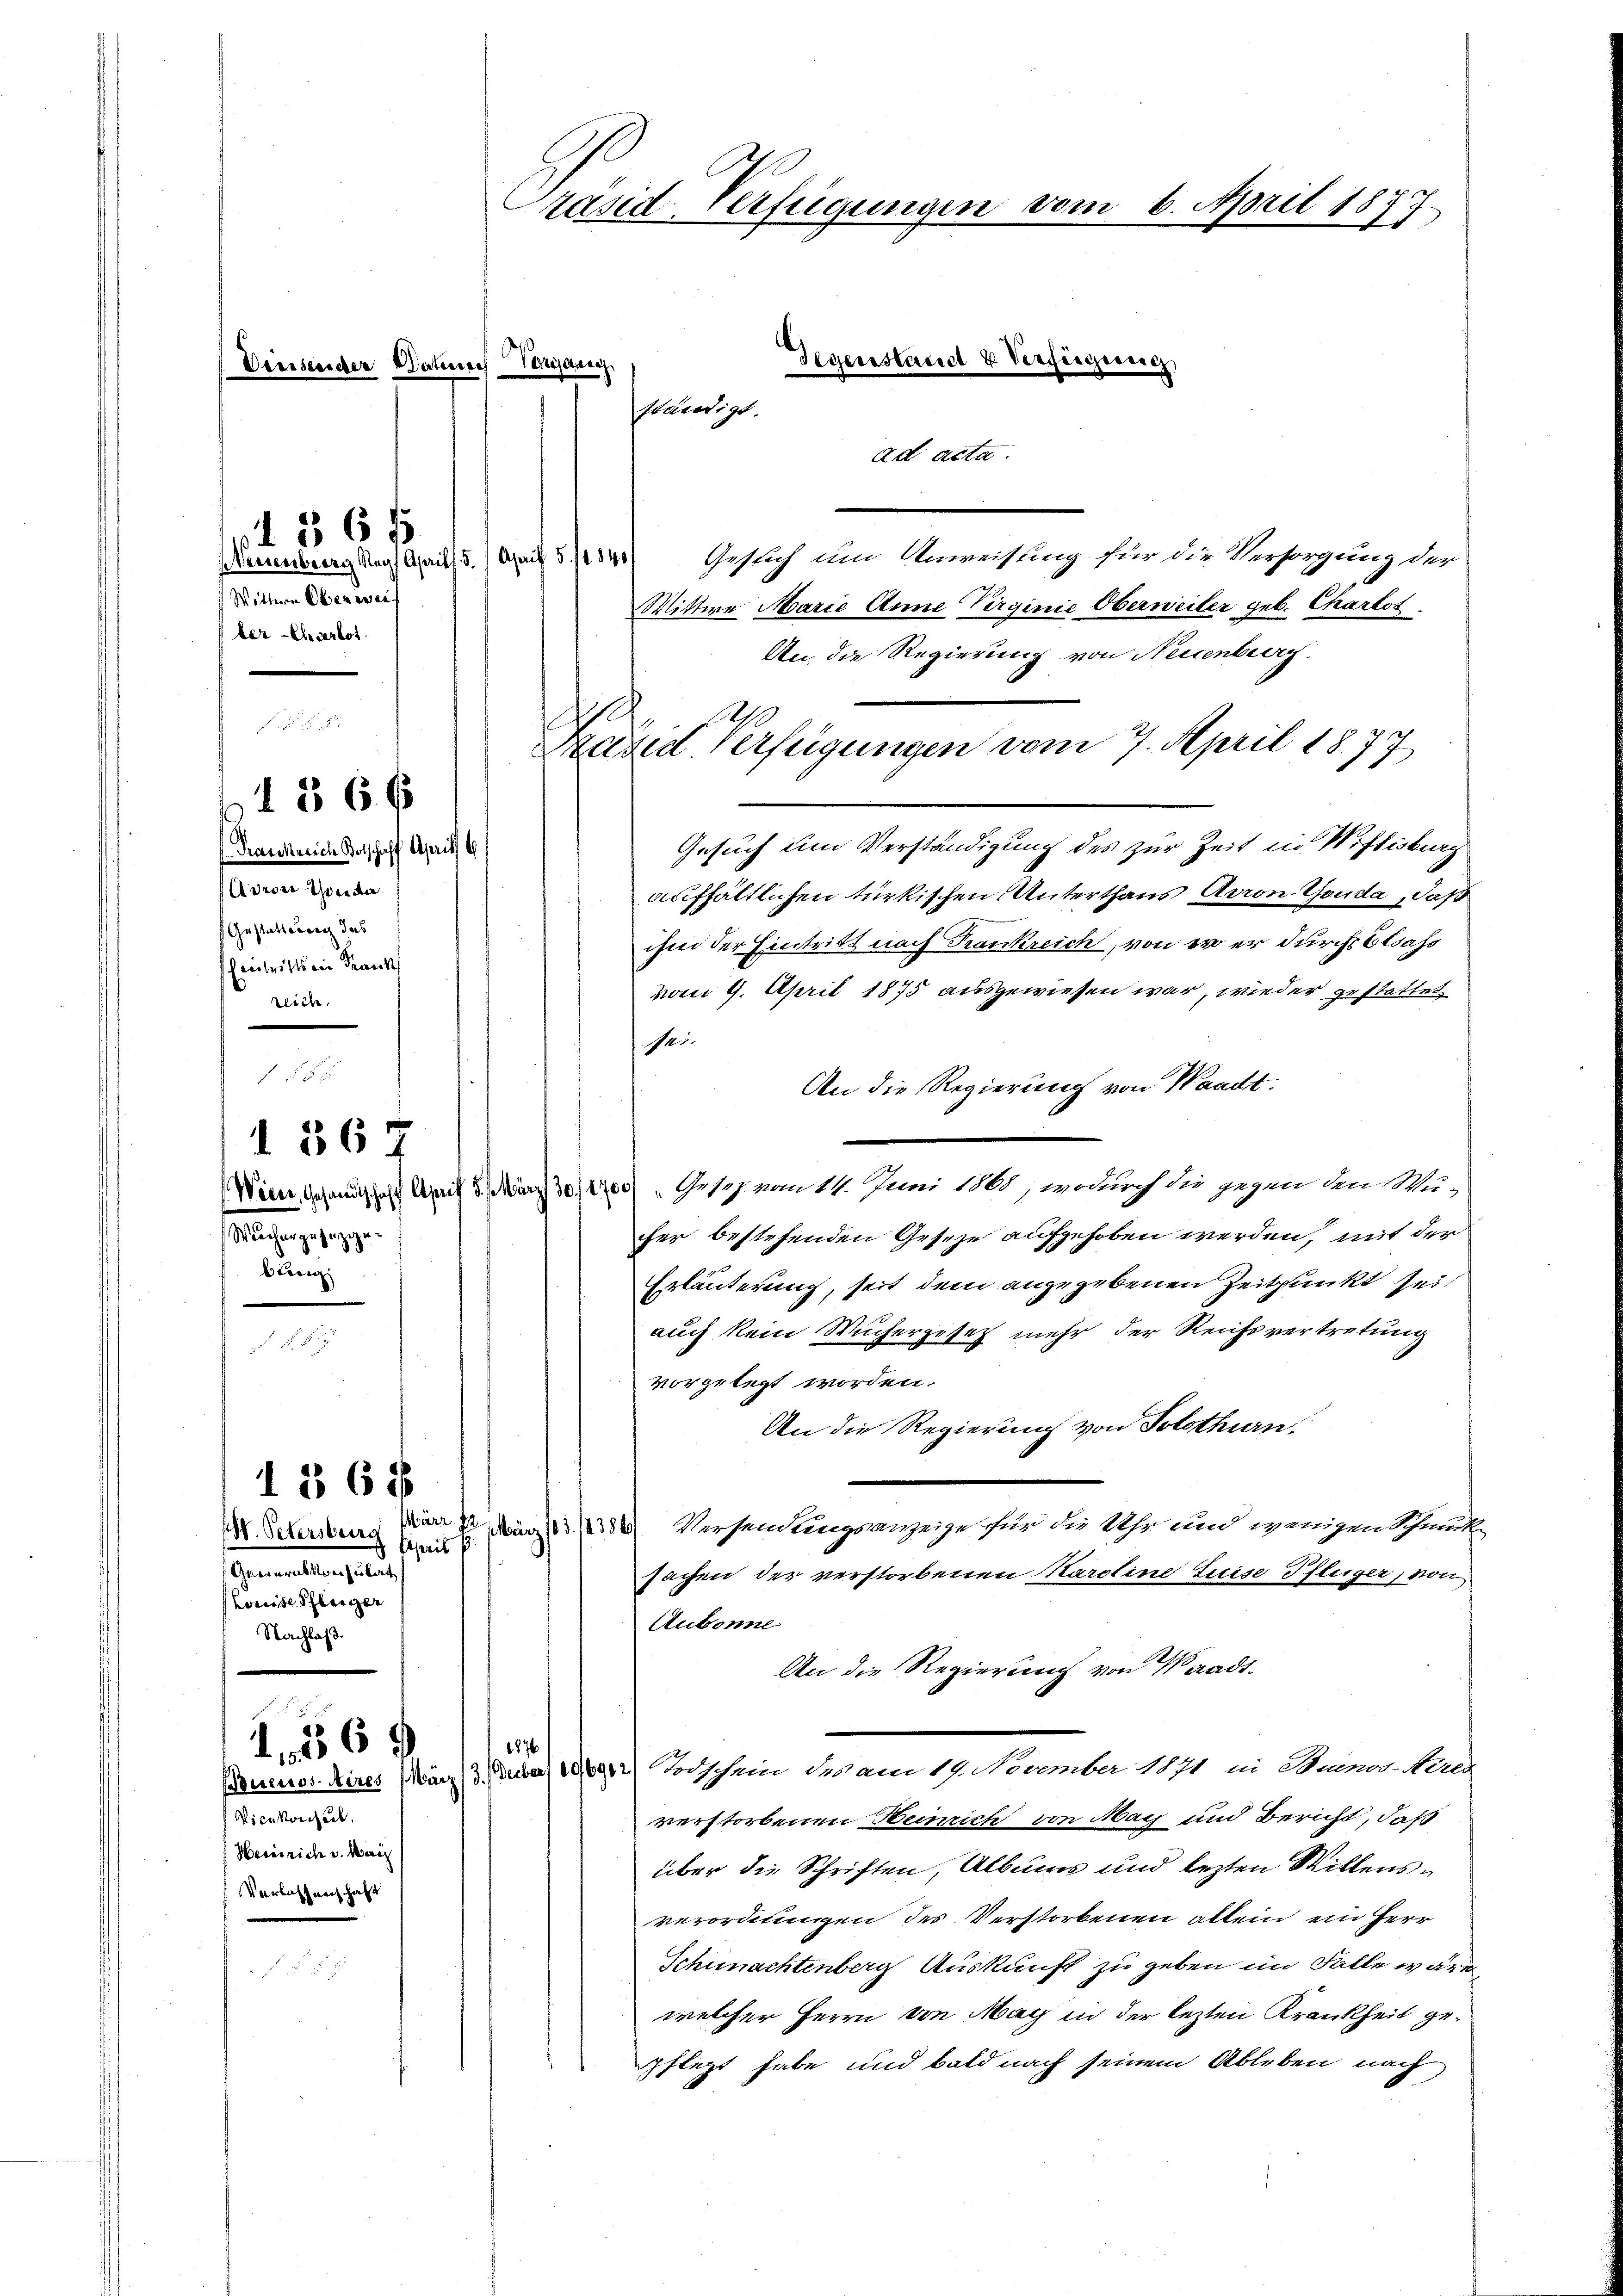
Vernenberg Nach Aprill 5./ April 5. 12840/
Wöttern Oberwei
ber-Charlot

136 f

Frankreich Botschaff Aprill b
Aurer Golda
Gestattung des
scheintritts ein Frank
reich.

26. 6

1 567

Wuchergezuzgebierig

M. Petersburg sprit p
Generalkonsulat
Louisse Schleiger
Nachlaß.

136x

156

Vicekonsect.
Heinrich v. Mais
Verlassnach haft

Gegenstand & Verfügung,
der Datenen Vorang
soebendigt.
ad acta.

Gesuch um Anweisung für die Versorgung der
Mittwe Marie Anne Virginie Oberweiter geb. Charlot
An die Regierung von Neuenburg
Srazer Verfügungen vom 7. April 1877
Gesuch um Verständigung des zur Zeit in Wittisburg
aufhältlichen türkischen Unterthans Arron Gouda, daß
ihm der Eintritt nach Frankreich, von er er durch Elsass
vom 9. April 1875 ausgewiesen war, wieder gestattet
Mi.
An die Regierung von Waadt:
Wien, Gesandtschaft April 5. März 30/12) „Gesez vom 14. Juni 1861, wodurch die gegen den Mucher bestehenden Geseze aufgehoben werden, mit der
Erläuterung, seit dem angegebenen Zeitpunkt sei
auch kein Wuchergesez mehr der Reichsvertretung
vorgelegt worden.
An die Regierung von Solothurn.
80 Versendungsanzeige für die Uhr und wenigen Schmuck-
sachen der verstorbenen Karoline Luise Pfleger, von
Aubonne
An die Regierung von Waadt¬
1876
Buenos Aires März (3. Auber, 106912) Todschein des am 19. November 1891 in Huener Verer
verstorbenen Heinrich von May und Bericht, daß
über die Schriften, Albung und lezten Willensverordnungen des Verstorbenen allein ein Herr
Schumachtenberg Auskunft zu geben im Falle wäre
welcher Herrn von Mach in der lezten Krankheit gepflegt habe und bald nach seinem Ableben nach

Präsid-Verfügungen vom 6. April 1877.

A